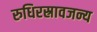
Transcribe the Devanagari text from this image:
रुधिरस्रावजन्य